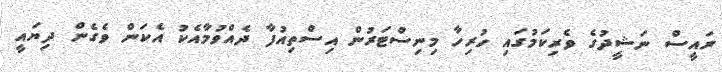
ރައީސް ނަޝީދުގެ ވެރިކަމުގައި ހުރިހާ މިނިސްޓަރުން އިސްތިއުފާ ދެއްވުމާއެކު އެކަން ވެގެން ދިޔައީ